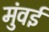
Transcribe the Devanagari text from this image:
मुंवई